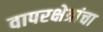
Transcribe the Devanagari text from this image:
वापरक्षेत्रांचा